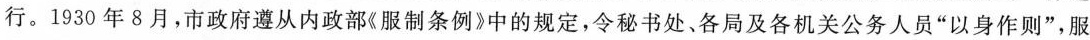
行。1930年8月，市政府遵从内政部《服制条例》中的规定，令秘书处、各局及各机关公务人员“以身作则”，服